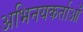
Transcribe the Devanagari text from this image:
अभिनयकर्ताओं